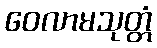
ဝေလာမသုတ္တံ